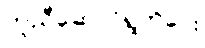
ကူညီဆောင်ရွက်ပေး